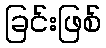
ခြင်းဖြစ်